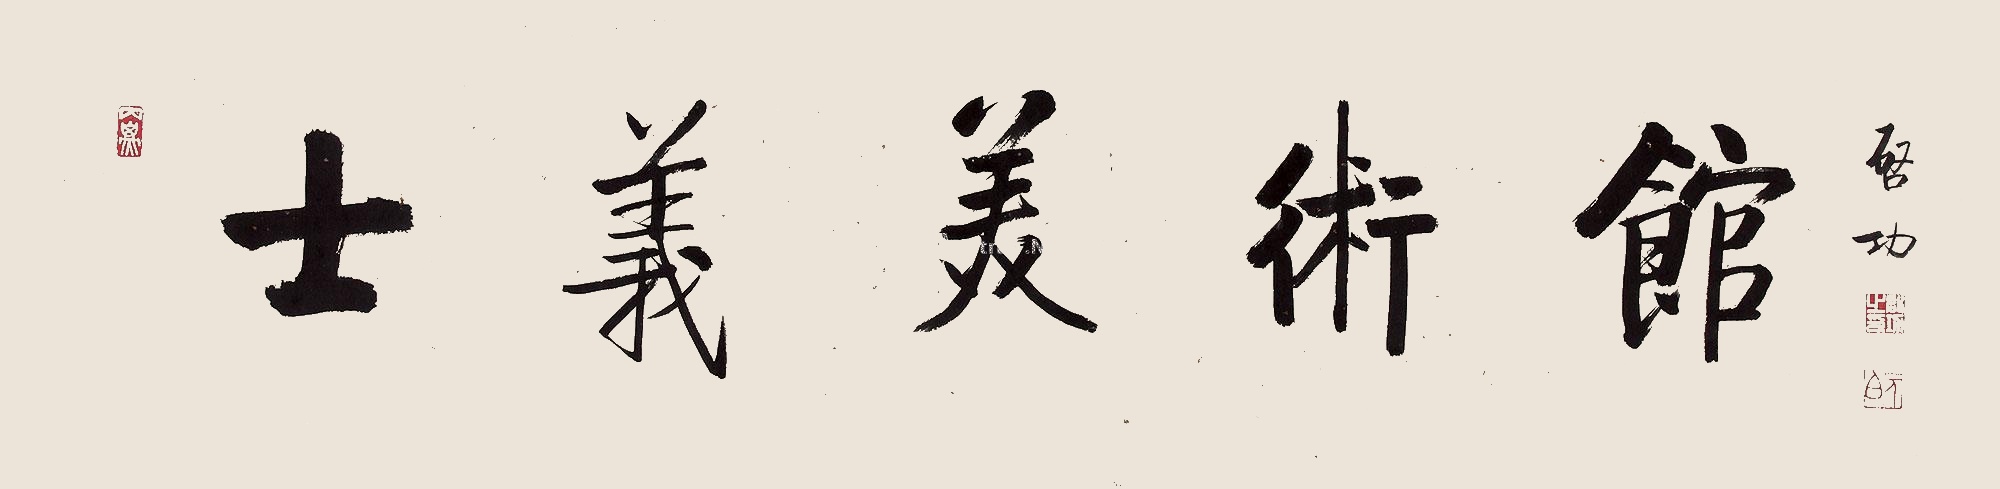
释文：士义美术馆启功。